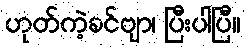
ဟုတ်ကဲ့ခင်ဗျာ၊ ပြီးပါပြီ။